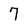
Character: 7